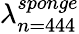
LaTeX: \lambda_{n=444}^{sponge}